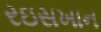
રઇસખાન